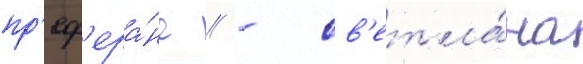
пр'еф'ера́нс // - св'етла́на